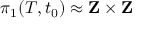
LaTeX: \pi _ { 1 } ( T , t _ { 0 } ) \approx \mathbf { Z } \times \mathbf { Z }